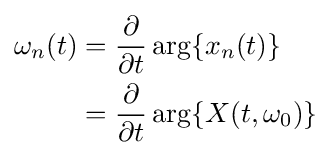
{\begin{aligned}\omega _{n}(t)&={\frac {\partial }{\partial t}}\arg\{x_{n}(t)\}\\&={\frac {\partial }{\partial t}}\arg\{X(t,\omega _{0})\}\end{aligned}}